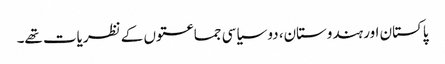
پاکستان اور ہندوستان، دو سیاسی جماعتوں کے نظریات تھے۔